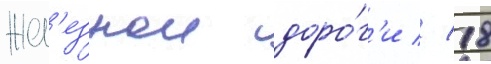
жел'езнои доро́г'и // 18